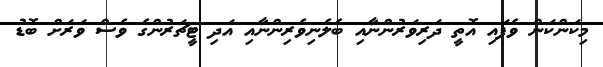
މިކަންކަން ވެފައި އޮތީ ދަރިވަރުންނާއި ބެލެނިވެރިންނާއި އަދި ޓީޗަރުންގެ ވެސް ވަރަށް ބޮޑު